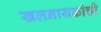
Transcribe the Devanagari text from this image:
खलनायकांची